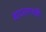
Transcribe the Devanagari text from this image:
बादलगाछी